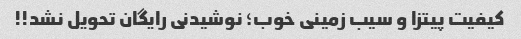
کیفیت پیتزا و سیب زمینی خوب؛ نوشیدنی رایگان تحویل نشد!!